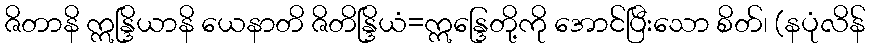
ဇိတာနိ ဣန္ဒြိယာနိ ယေနာတိ ဇိတိန္ဒြိယံ=ဣန္ဒြေတို့ကို အောင်ပြီးသော စိတ်၊ (နပုံလိန်